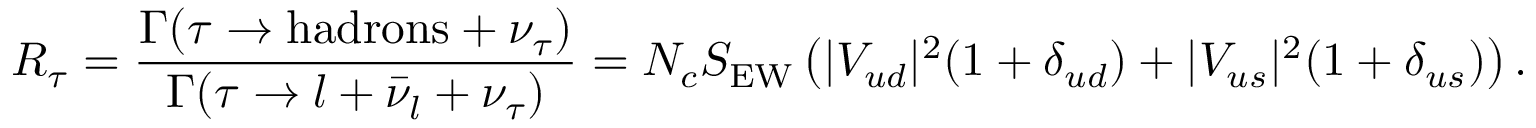
R _ { \tau } = \frac { \Gamma ( \tau \rightarrow \mathrm { h a d r o n s } + \nu _ { \tau } ) } { \Gamma ( \tau \rightarrow l + \bar { \nu } _ { l } + \nu _ { \tau } ) } = N _ { c } S _ { \mathrm { E W } } \left( | V _ { u d } | ^ { 2 } ( 1 + \delta _ { u d } ) + | V _ { u s } | ^ { 2 } ( 1 + \delta _ { u s } ) \right) .